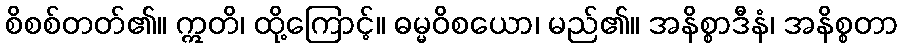
စိစစ်တတ်၏။ ဣတိ၊ ထို့ကြောင့်။ ဓမ္မဝိစယော၊ မည်၏။ အနိစ္စာဒီနံ၊ အနိစ္စတာ